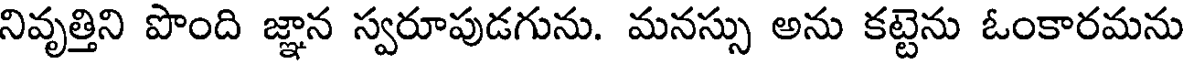
నివృత్తిని పొంది జ్ఞాన స్వరూపుడగును. మనస్సు అను కట్టెను ఓంకారమను